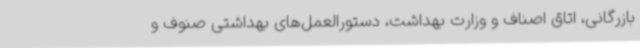
بازرگانی، اتاق اصناف و وزارت بهداشت، دستورالعمل‌های بهداشتی صنوف و